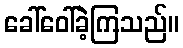
ခေါ်ဝေါ်ခဲ့ကြသည်။